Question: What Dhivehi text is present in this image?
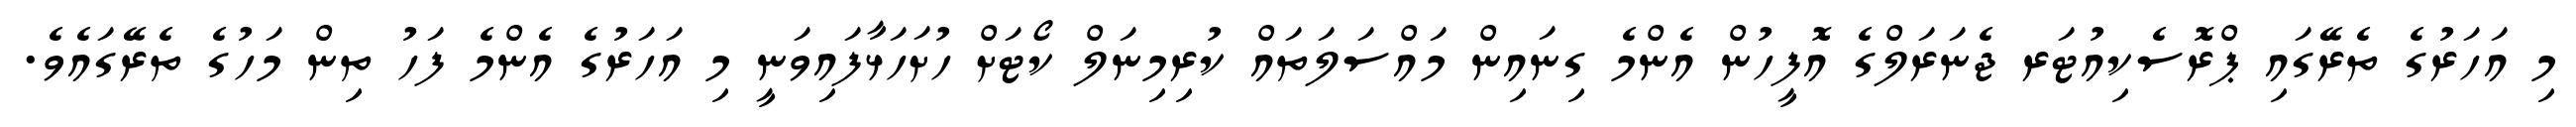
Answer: މި އަހަރުގެ ތެރޭގައި ޕްރޮސެކިއުޓަރ ޖެނަރަލްގެ އޮފީހުން އެންމެ ގިނައިން މައްސަލަތައް ކުރިމިނަލް ކޯޓަށް ހުށަހަޅާފައިވަނީ މި އަހަރުގެ އެންމެ ފަހު ތިން މަހުގެ ތެރޭގައެވެ.